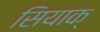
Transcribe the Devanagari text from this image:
सियाक्